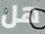
هل